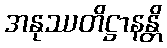
အနုဿတိဋ္ဌာနန္တိ